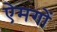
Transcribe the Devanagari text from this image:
ऐमगों